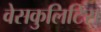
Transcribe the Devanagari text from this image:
वेसकुलिटिस